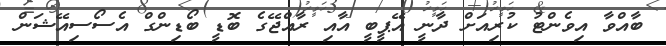
ބާއްވާ އިވެންޓު ކުރިއަށް ދާނީ އޭޕީބީ އާއި ރާއްޖޭގެ ބޮޑީ ބޯޑިންގް އެސޯސިއޭޝަން